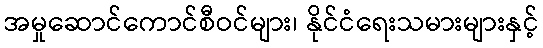
အမှုဆောင်ကောင်စီဝင်များ၊ နိုင်ငံရေးသမားများနှင့်